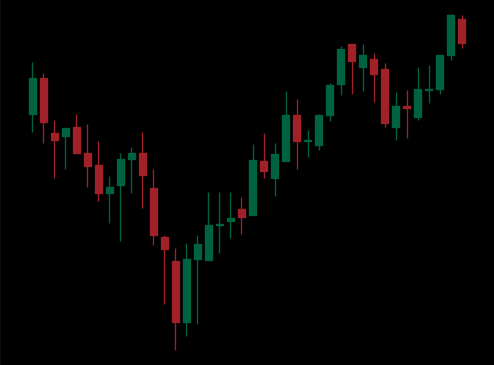
Pattern: unclassified